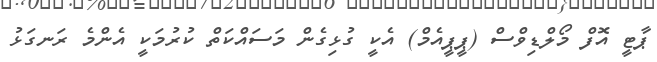
ޕާޓީ އޮފް މޯލްޑިވްސް (ޕީޕީއެމް) އެކީ ގުޅިގެން މަސައްކަތް ކުރުމަކީ އެންމެ ރަަނގަޅު